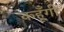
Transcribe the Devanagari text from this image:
कहूँगी